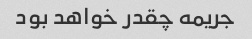
جریمه چقدر خواهد بود